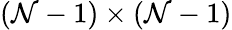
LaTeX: (\mathcal{N}-1)\times(\mathcal{N}-1)